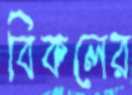
বিকলের